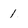
Character: 1